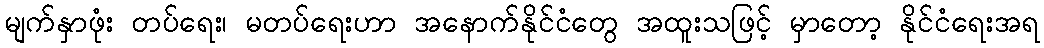
မျက်နှာဖုံး တပ်ရေး၊ မတပ်ရေးဟာ အနောက်နိုင်ငံတွေ အထူးသဖြင့် မှာတော့ နိုင်ငံရေးအရ